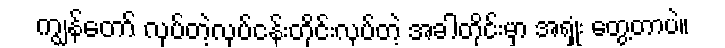
ကျွန်တော် လုပ်တဲ့လုပ်ငန်းတိုင်းလုပ်တဲ့ အခါတိုင်းမှာ အရှုံး တွေ့တာပဲ။